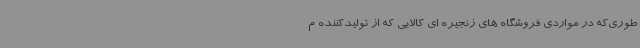
طوری‌که در مواردی فروشگاه های زنجیره ای کالایی که از تولیدکننده م